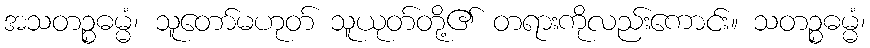
အသတဉ္စဓမ္မံ၊ သူတော်မဟုတ် သူယုတ်တို့၏ တရားကိုလည်းကောင်း။ သတဉ္စဓမ္မံ၊